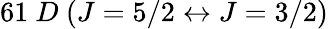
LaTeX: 61~D~({J=5/2}\leftrightarrow{J=3/2})